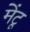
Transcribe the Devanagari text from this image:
मेंटू